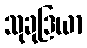
သုခုဒြယာ